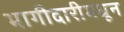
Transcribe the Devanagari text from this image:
भागीदारीमधून